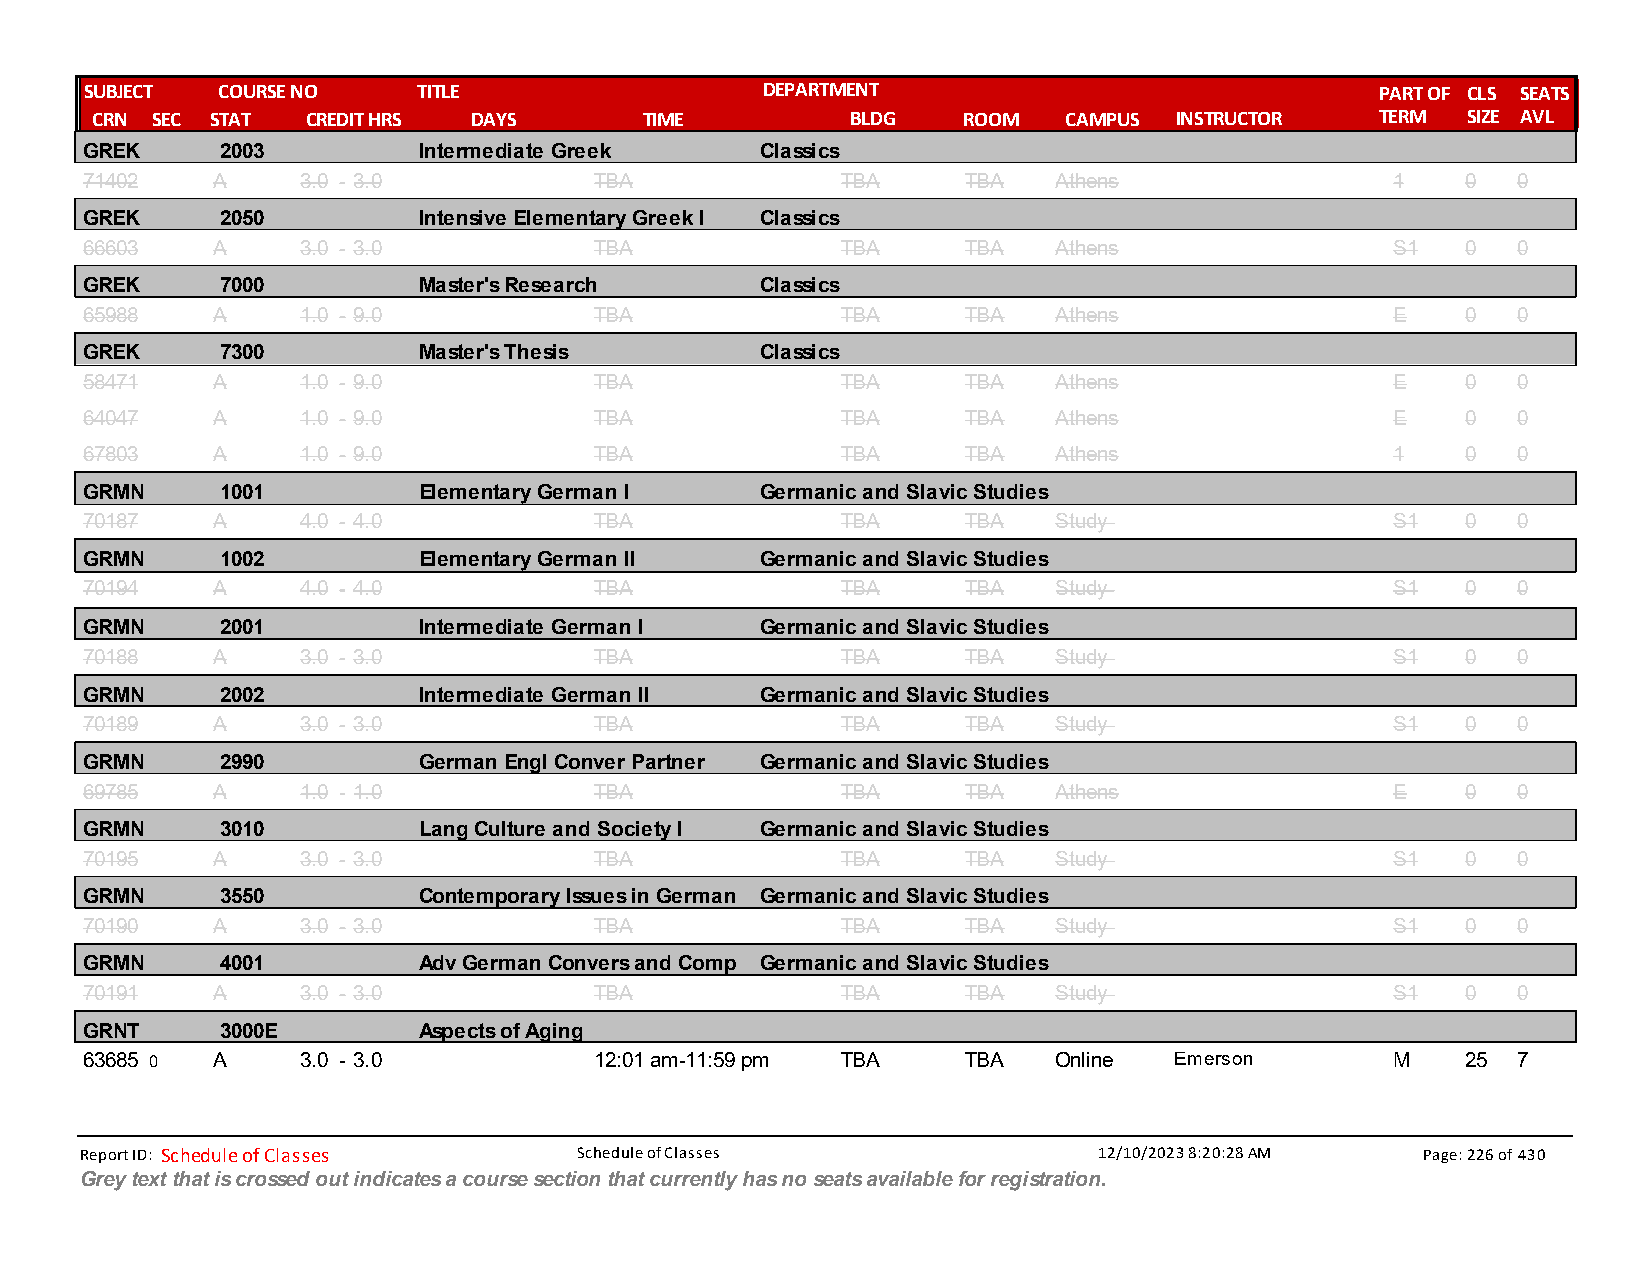
SUBJECT COURSE NO     TITLE                 DEPARTMENT                               PART OF CLS SEATS
 CRN SEC STAT  CREDIT HRS DAYS        TIME         BLDG    ROOM  CAMPUS  INSTRUCTOR   TERM  SIZE AVL
 GREK      2003         Intermediate Greek    Classics
 71402    A     3.0 - 3.0          TBA              TBA     TBA   Athens                1    0  0
 GREK      2050         Intensive Elementary Greek I Classics
 66603    A     3.0 - 3.0          TBA              TBA     TBA   Athens                S1   0  0
 GREK      7000         Master's Research     Classics
 65988    A     1.0 - 9.0          TBA              TBA     TBA   Athens                E    0  0
 GREK      7300         Master's Thesis       Classics
 58471    A     1.0 - 9.0          TBA              TBA     TBA   Athens                E    0  0
 64047    A     1.0 - 9.0          TBA              TBA     TBA   Athens                E    0  0
 67803    A     1.0 - 9.0          TBA              TBA     TBA   Athens                1    0  0
 GRMN      1001         Elementary German I   Germanic and Slavic Studies
 70187    A     4.0 - 4.0          TBA              TBA     TBA   Study                 S1   0  0
 GRMN      1002         Elementary German II  Germanic and Slavic Studies
 70194    A     4.0 - 4.0          TBA              TBA     TBA   Study                 S1   0  0
 GRMN      2001         Intermediate German I Germanic and Slavic Studies
 70188    A     3.0 - 3.0          TBA              TBA     TBA   Study                 S1   0  0
 GRMN      2002         Intermediate German II Germanic and Slavic Studies
 70189    A     3.0 - 3.0          TBA              TBA     TBA   Study                 S1   0  0
 GRMN      2990         German Engl Conver Partner Germanic and Slavic Studies
 69785    A     1.0 - 1.0          TBA              TBA     TBA   Athens                E    0  0
 GRMN      3010         Lang Culture and Society I Germanic and Slavic Studies
 70195    A     3.0 - 3.0          TBA              TBA     TBA   Study                 S1   0  0
 GRMN      3550         Contemporary Issues in German Germanic and Slavic Studies
 70190    A     3.0 - 3.0          TBA              TBA     TBA   Study                 S1   0  0
 GRMN      4001         Adv German Convers and Comp Germanic and Slavic Studies
 70191    A     3.0 - 3.0          TBA              TBA     TBA   Study                 S1   0  0
 GRNT      3000E        Aspects of Aging
 63685 0  A     3.0 - 3.0          12:01 am-11:59 pm TBA    TBA   Online  Emerson       M    25 7
 Report ID: Schedule of Classes   Schedule of Classes                12/10/2023 8:20:28 AM Page: 226 of 430
 Grey text that is crossed out indicates a course section that currently has no seats available for registration.